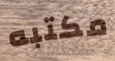
مكتبه